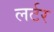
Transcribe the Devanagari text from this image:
लर्टर